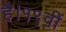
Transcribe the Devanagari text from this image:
है।१९वीं